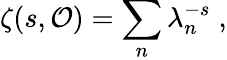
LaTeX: \zeta(s,{\cal O})=\sum_{n}\lambda_{n}^{-s}\; ,